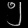
Digit: ၅